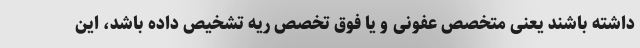
داشته باشند یعنی متخصص عفونی و یا فوق تخصص ریه تشخیص داده باشد، این